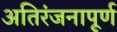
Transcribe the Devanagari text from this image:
अतिरंजनापूर्ण